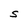
Character: S